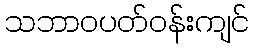
သဘာဝပတ်ဝန်းကျင်